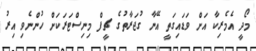
މޯދީ އެމެރިކާ އަށް ވަޑައިގަތީ އޭނާ ގުޖަރާތުގެ ޗީފް މިނިސްޓަރަކަށް ހުންނެވި އިރު